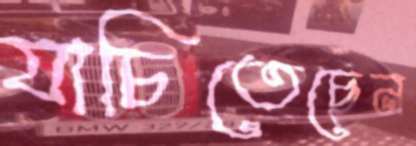
যাচিতেছেন